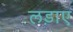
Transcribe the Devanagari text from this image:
लड़ाए